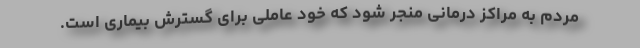
مردم به مراکز درمانی منجر شود که خود عاملی برای گسترش بیماری است.